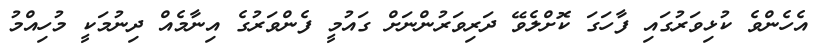
އެހެންވެ ކުޅިވަރުގައި ފާހަގަ ކޮށްލެވޭ ދަރިވަރުންނަށް ގައުމީ ފެންވަރުގެ އިނާމެއް ދިނުމަކީ މުހިއްމު